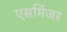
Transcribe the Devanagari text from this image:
एसमिंजर